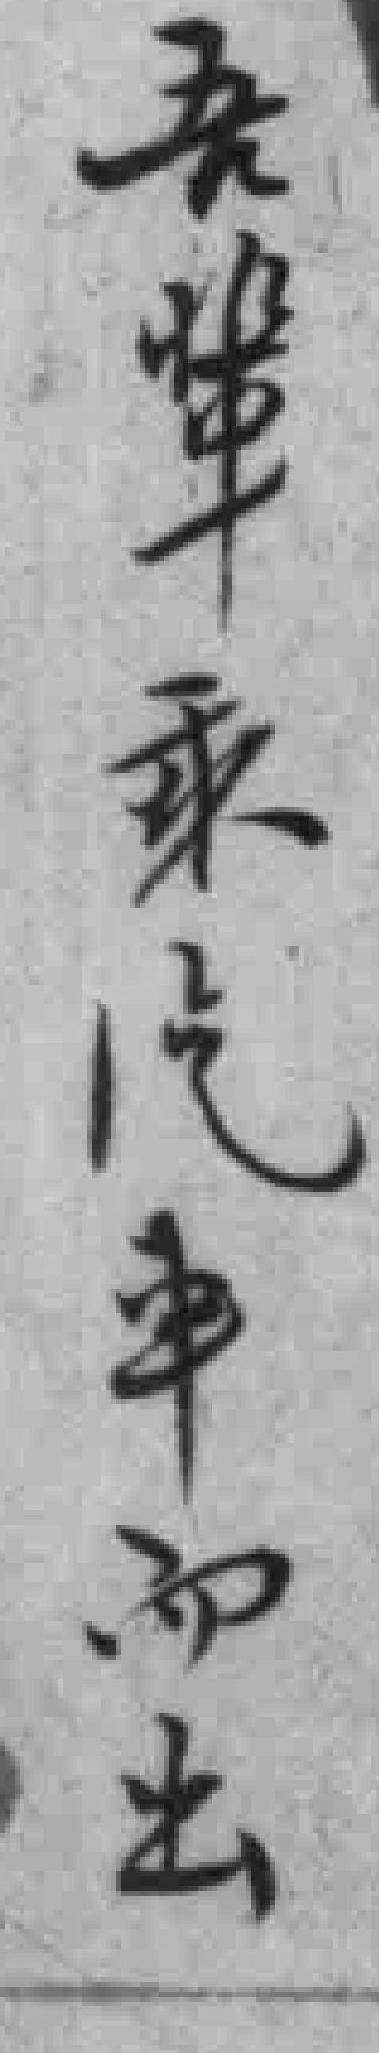
吾辈乘汽車而出